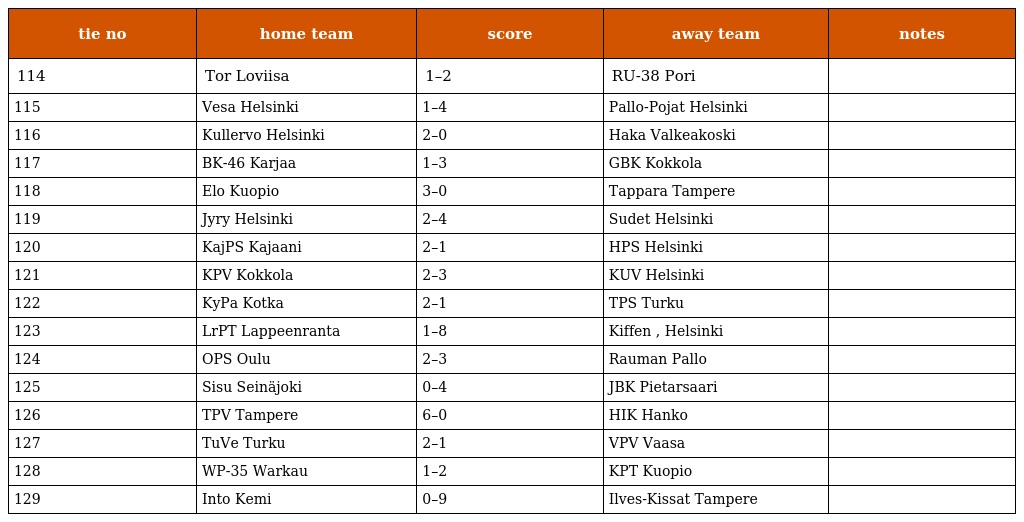
| tie no | home team | score | away team | notes |
 | --- | --- | --- | --- | --- |
 | 114 | Tor Loviisa | 1–2 | RU-38 Pori |  |
 | 115 | Vesa Helsinki | 1–4 | Pallo-Pojat Helsinki |  |
 | 116 | Kullervo Helsinki | 2–0 | Haka Valkeakoski |  |
 | 117 | BK-46 Karjaa | 1–3 | GBK Kokkola |  |
 | 118 | Elo Kuopio | 3–0 | Tappara Tampere |  |
 | 119 | Jyry Helsinki | 2–4 | Sudet Helsinki |  |
 | 120 | KajPS Kajaani | 2–1 | HPS Helsinki |  |
 | 121 | KPV Kokkola | 2–3 | KUV Helsinki |  |
 | 122 | KyPa Kotka | 2–1 | TPS Turku |  |
 | 123 | LrPT Lappeenranta | 1–8 | Kiffen , Helsinki |  |
 | 124 | OPS Oulu | 2–3 | Rauman Pallo |  |
 | 125 | Sisu Seinäjoki | 0–4 | JBK Pietarsaari |  |
 | 126 | TPV Tampere | 6–0 | HIK Hanko |  |
 | 127 | TuVe Turku | 2–1 | VPV Vaasa |  |
 | 128 | WP-35 Warkau | 1–2 | KPT Kuopio |  |
 | 129 | Into Kemi | 0–9 | Ilves-Kissat Tampere |  |